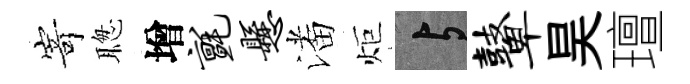
𭔃聦增毡悬潘炬与鼙昊璮